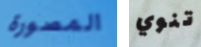
المصورة تنوي